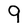
Character: 9